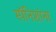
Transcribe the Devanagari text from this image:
स्पॅनिशांना